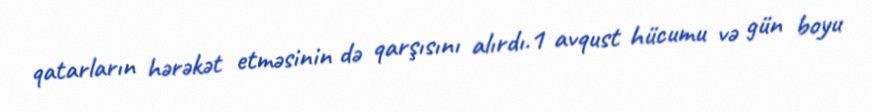
qatarların hərəkət etməsinin də qarşısını alırdı.1 avqust hücumu və gün boyu